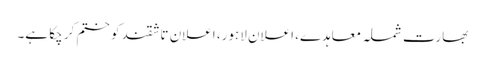
بھارت شملہ معاہدے، اعلان لاہور، اعلان تاشقند کو ختم کر چکا ہے۔